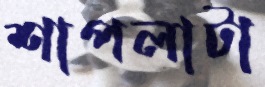
শাপলাটা